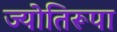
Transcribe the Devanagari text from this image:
ज्योतिरूपा